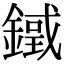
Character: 𨫓